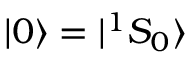
| 0 \rangle = | ^ { 1 } S _ { 0 } \rangle